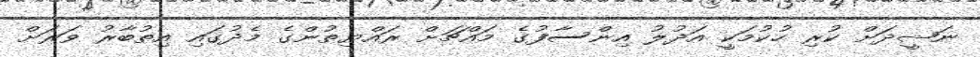
ނަޝީދަށް ކުރި ހުކުމަކީ އަދުލު އިންސާފުގެ މައްޗަށް ރައްޔިތުންގެ މެދުގައި އިތުބާރު ވަރަށް